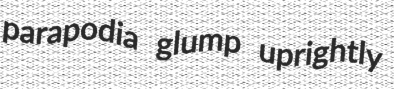
parapodia glump uprightly